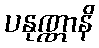
ပနုဏ္ဏာနိ